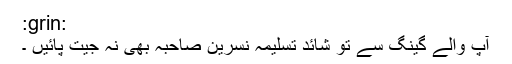
:grin:
آپ والے گینگ سے تو شائد تسلیمہ نسرين صاحبہ بھی نہ جیت پائیں ۔